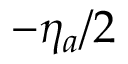
- \eta _ { a } / 2